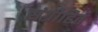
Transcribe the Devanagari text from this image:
संग्रीहित